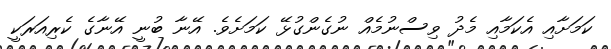
ކަމަށާއި އެކަމާއި މެދު ވިސްނުމެއް ނުގެންގުޅޭ ކަމަށެވެ. އޭނާ ބުނީ އޭނާގެ ކެރިއަރަކީ